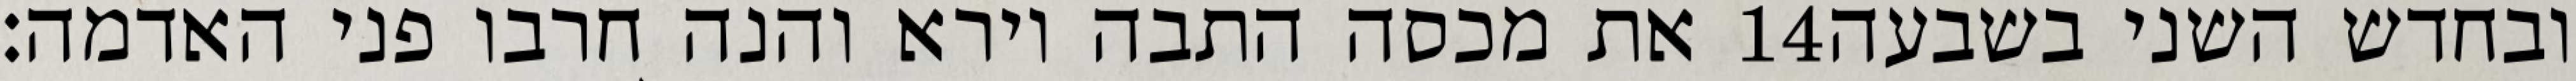
את מכסה התבה וירא והנה חרבו פני האדמה׃ ‎14‏ ובחדש השני בשבעה